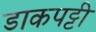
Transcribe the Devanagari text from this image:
डाकपट्टी